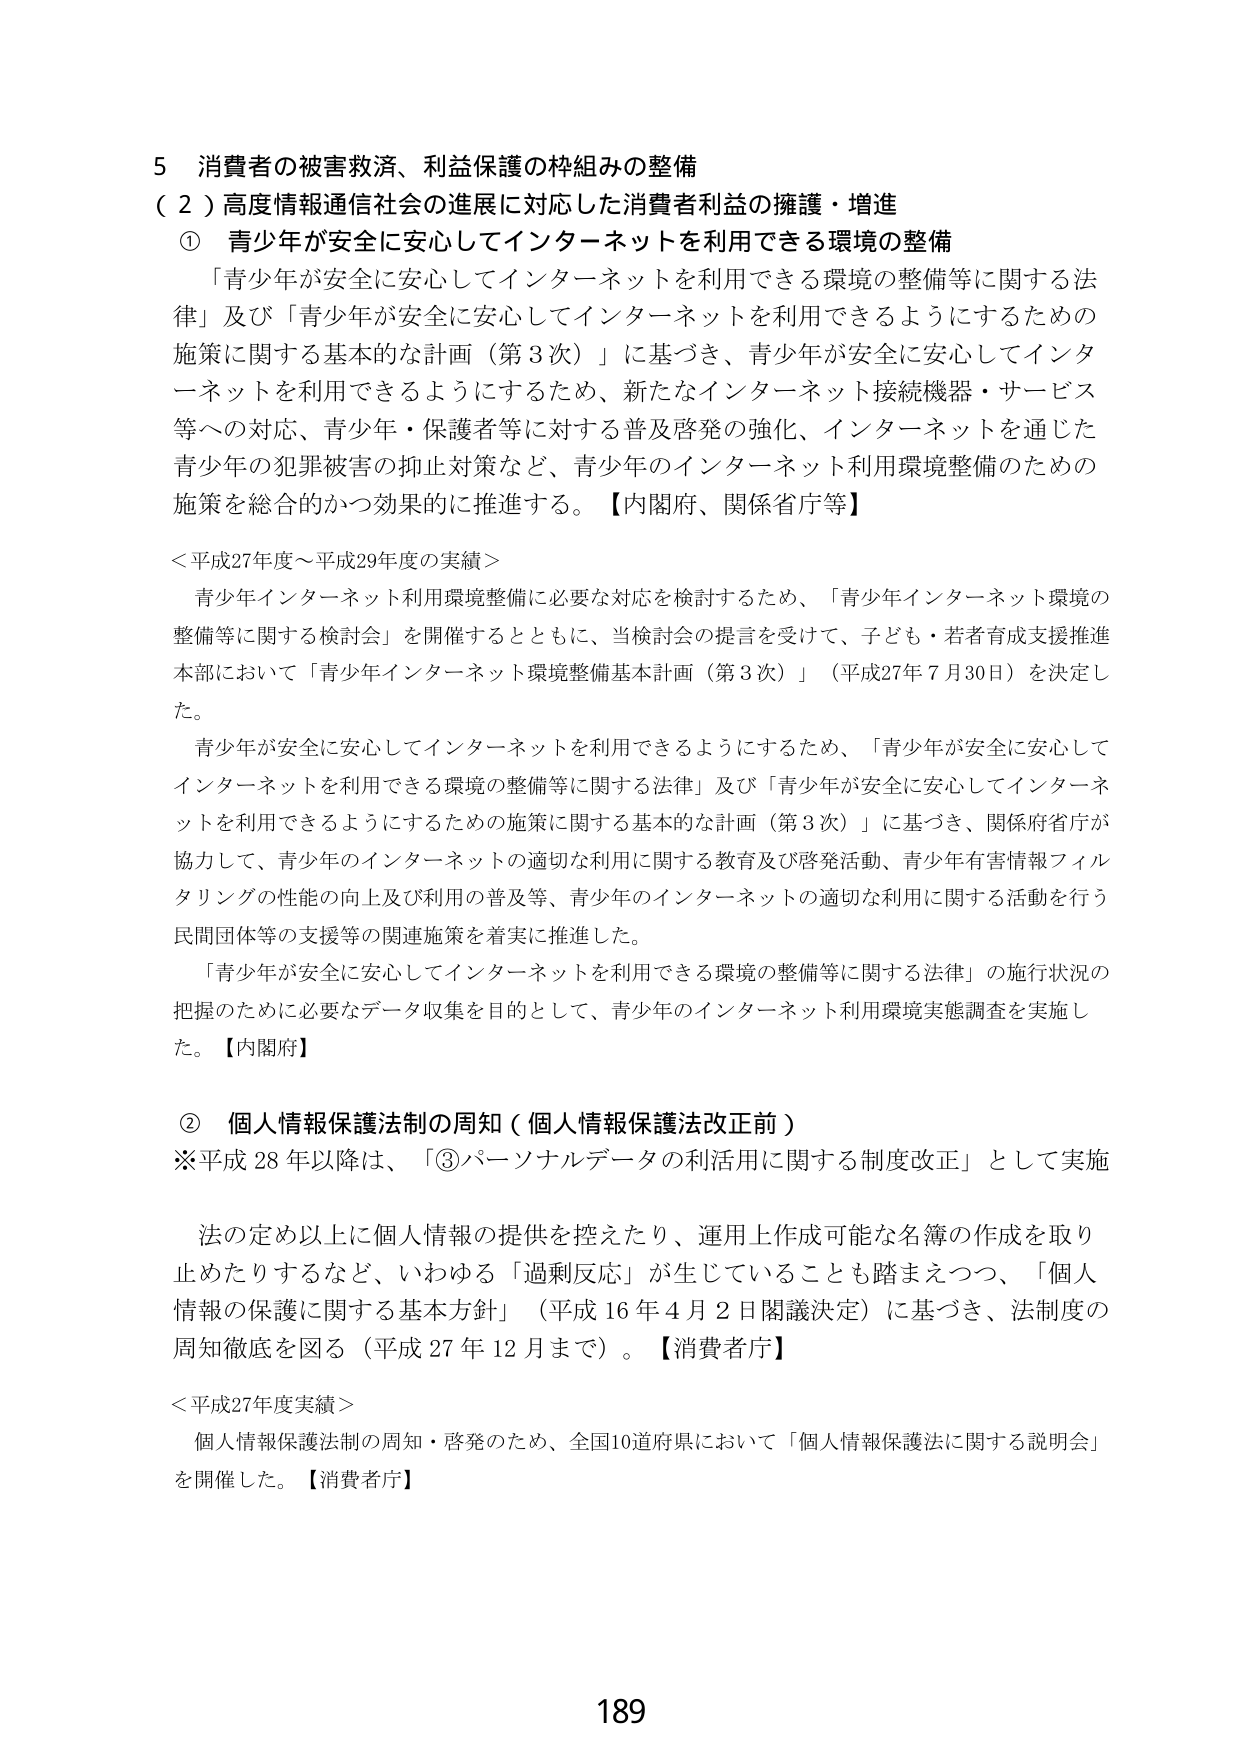
5 消費者の被害救済、利益保護の枠組みの整備
（２）高度情報通信社会の進展に対応した消費者利益の擁護・増進
① 青少年が安全に安心してインターネットを利用できる環境の整備
「青少年が安全に安心してインターネットを利用できる環境の整備等に関する法律」及び「青少年が安全に安心してインターネットを利用できるようにするための施策に関する基本的な計画（第3次）」に基づき、青少年が安全に安心してインターネットを利用できるようにするため、新たなインターネット接続機器・サービス等への対応、青少年・保護者等に対する普及啓発の強化、インターネットを通じた青少年の犯罪被害の抑止対策など、青少年のインターネット利用環境整備のための施策を総合的かつ効果的に推進する。【内閣府、関係省庁等】

＜平成27年度～平成29年度の実績＞
青少年インターネット利用環境整備に必要な対応を検討するため、「青少年インターネット環境の整備等に関する検討会」を開催するとともに、当検討会の提言を受けて、子ども・若者育成支援推進本部において「青少年インターネット環境整備基本計画（第3次）」（平成27年7月30日）を決定した。
青少年が安全に安心してインターネットを利用できるようにするため、「青少年が安全に安心してインターネットを利用できる環境の整備等に関する法律」及び「青少年が安全に安心してインターネットを利用できるようにするための施策に関する基本的な計画（第3次）」に基づき、関係府省庁が協力して、青少年のインターネットの適切な利用に関する教育及び啓発活動、青少年有害情報フィルタリングの性能の向上及び利用の普及等、青少年のインターネットの適切な利用に関する活動を行う民間団体等の支援等の関連施策を着実に推進した。
「青少年が安全に安心してインターネットを利用できる環境の整備等に関する法律」の施行状況の把握のために必要なデータ収集を目的として、青少年のインターネット利用環境実態調査を実施した。【内閣府】

② 個人情報保護法制の周知（個人情報保護法改正前）
※平成28年以降は、「③パーソナルデータの利活用に関する制度改正」として実施
法の定め以上に個人情報の提供を控えたり、運用上作成可能な名簿の作成を取り止めたりするなど、いわゆる「過剰反応」が生じていることも踏まえつつ、「個人情報の保護に関する基本方針」（平成16年4月2日閣議決定）に基づき、法制度の周知徹底を図る（平成27年12月まで）。【消費者庁】

＜平成27年度実績＞
個人情報保護法制の周知・啓発のため、全国10道府県において「個人情報保護法に関する説明会」を開催した。【消費者庁】

189